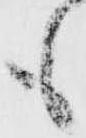
も